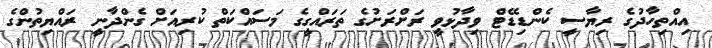
އިއްތިހާދުގެ ރިޔާސީ ކެންޑިޑޭޓް ވިދާޅުވީ ރަށްރަށުގެ ތަރައްގީގެ މަސައްކަތް ކުރިއަށް ގެންދާނީ ރައްޔިތުންގެ